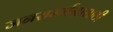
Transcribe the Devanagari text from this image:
जनसमर्थनासाठी